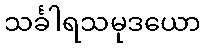
သင်္ခါရသမုဒယော